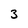
Character: 3